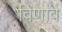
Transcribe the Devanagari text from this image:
विणावे